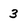
Character: 3